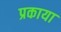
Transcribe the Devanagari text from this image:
प्रकाया